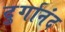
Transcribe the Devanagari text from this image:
दुर्गानंद